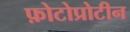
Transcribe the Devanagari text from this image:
फ़ोटोप्रोटीन